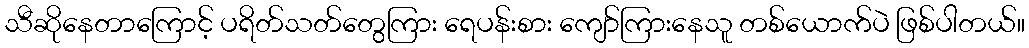
သီဆိုနေတာကြောင့် ပရိတ်သတ်တွေကြား ရေပန်းစား ကျော်ကြားနေသူ တစ်ယောက်ပဲ ဖြစ်ပါတယ်။